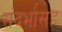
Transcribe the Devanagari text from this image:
संदर्भासह